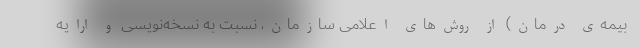
بیمه‌ی درمان) از روش‌های اعلامی سازمان، نسبت به نسخه‌نویسی و ارایه